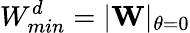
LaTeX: W_{min}^{d}=|\mathbf{W}|_{\theta=0}